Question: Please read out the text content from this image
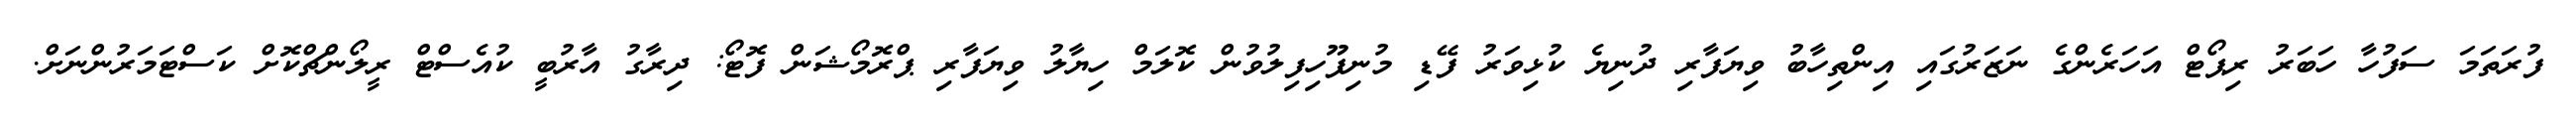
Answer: ފުރަތަމަ ސަފުހާ ހަބަރު ރިޕޯޓް އަހަރެންގެ ނަޒަރުގައި އިންތިހާބު ވިޔަފާރި ދުނިޔެ ކުޅިވަރު ފޭޑި މުނިފޫހިފިލުވުން ކޮލަމް ހިޔާލު ވިޔަފާރި ޕްރޮމޯޝަން ފޮޓޯ: ދިރާގު އާރުބީ ކުއެސްޓް ރީލޯންޗްކޮށް ކަސްޓަމަރުންނަށް.